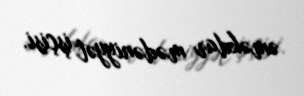
əməkdar mədəniyyət işçisi.